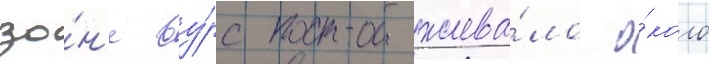
зо́н'е ву́рс прожива́ло о́коло